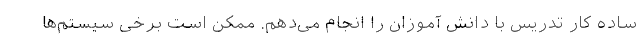
ساده کار تدریس با دانش آموزان را انجام می‌دهم. ممکن است برخی سیستم‌ها